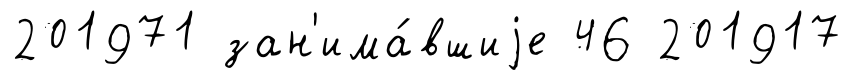
201971 зан'има́вшиjе 46 201917